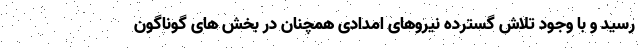
رسید و با وجود تلاش گسترده نیروهای امدادی همچنان در بخش های گوناگون